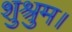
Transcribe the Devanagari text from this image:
शुश्रुम।